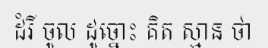
ដំរី ចូល ដូច្នោះ គិត ស្មាន ថា